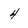
Character: 4